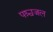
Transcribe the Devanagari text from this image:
पश्चजल